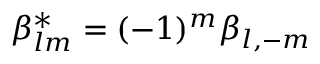
\beta _ { l m } ^ { \ast } = ( - 1 ) ^ { m } \beta _ { l , - m }